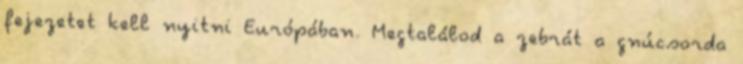
fejezetet kell nyitni Európában. Megtalálod a zebrát a gnúcsorda